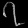
Digit: ၇